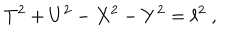
T ^ { 2 } + U ^ { 2 } - X ^ { 2 } - Y ^ { 2 } = \ell ^ { 2 } \ ,